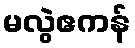
မလွဲဧကန်